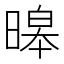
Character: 暤